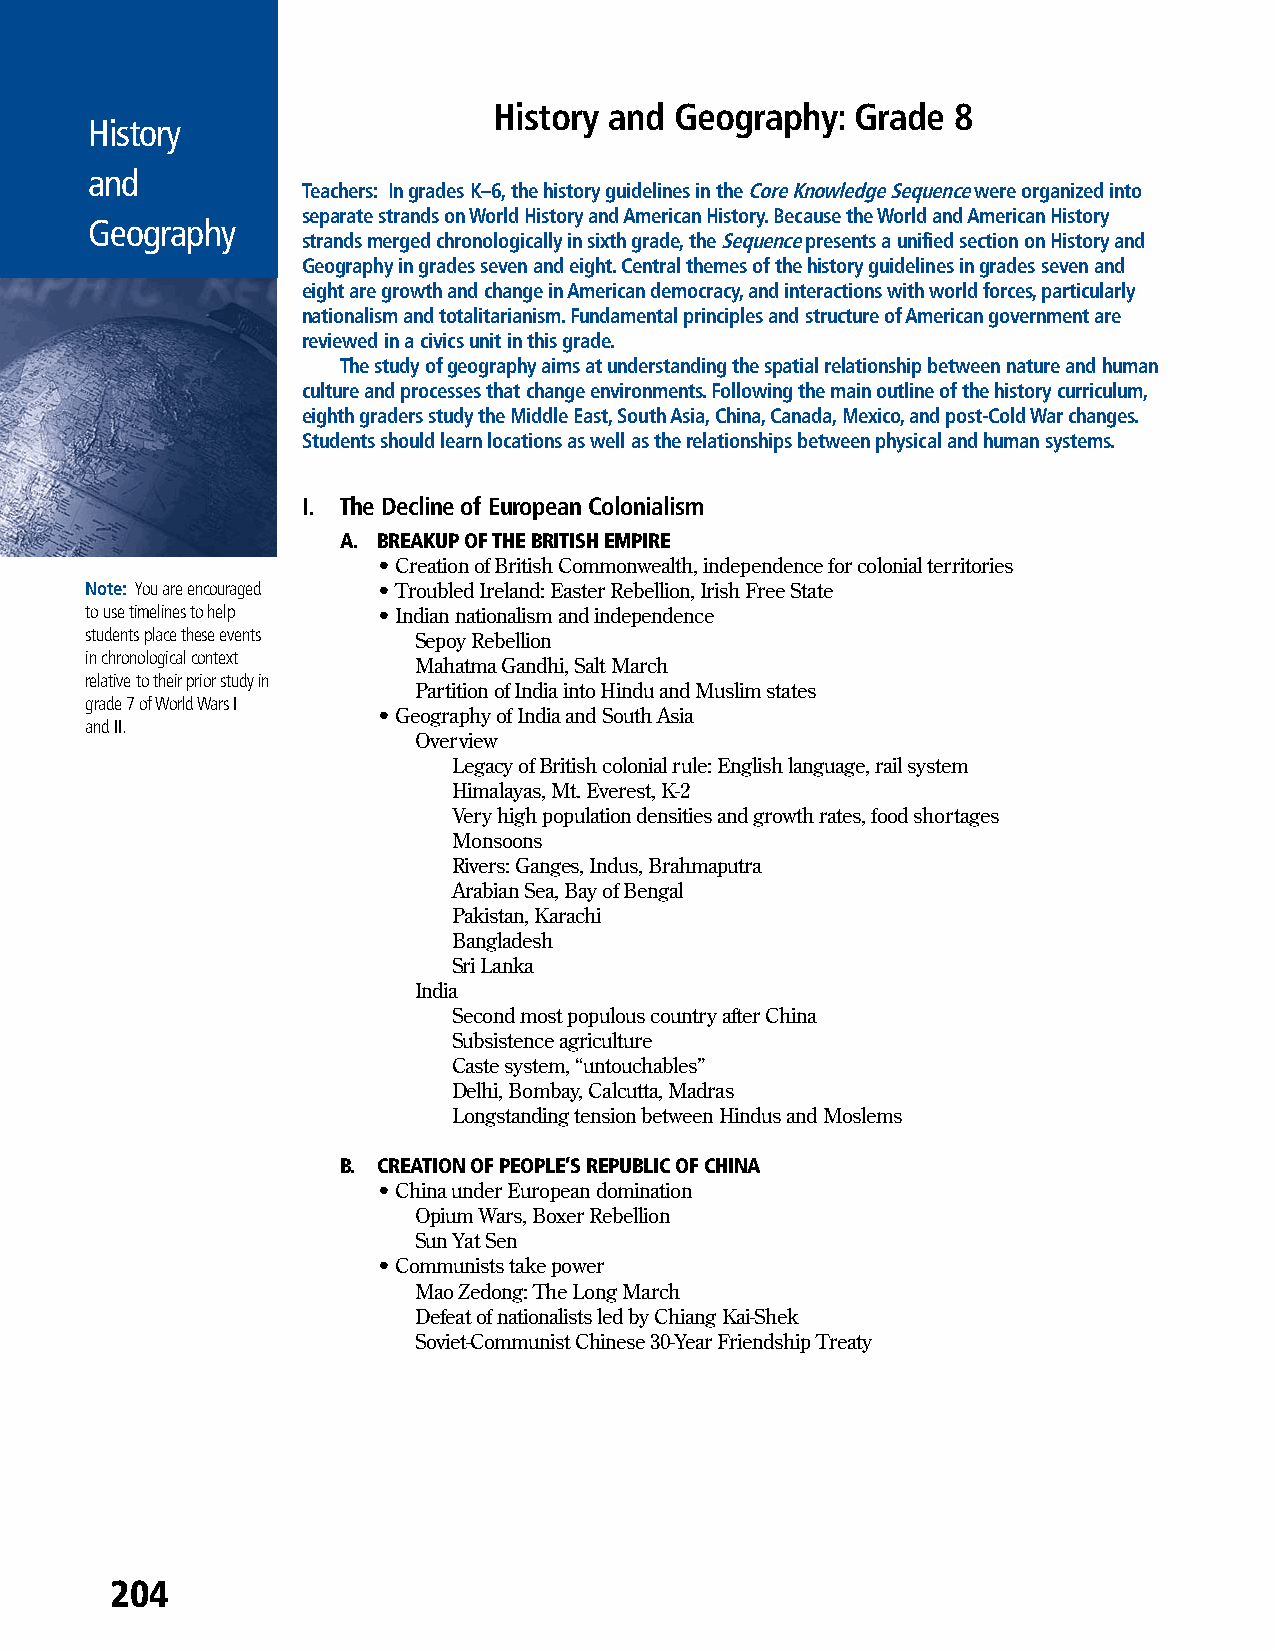
History and Geography:  Grade 8
 History
 and
 Teachers: In grades K–6, the history guidelines in the Core Knowledge Sequence were organized into
 separate strands on World History and American History. Because the World and American History
 Geography
 strands merged chronologically in sixth grade, the Sequence presents a unified section on History and
 Geography in grades seven and eight. Central themes of the history guidelines in grades seven and
 eight are growth and change in American democracy, and interactions with world forces, particularly
 nationalism and totalitarianism. Fundamental principles and structure of American government are
 reviewed in a civics unit in this grade.
 The study of geography aims at understanding the spatial relationship between nature and human
 culture and processes that change environments. Following the main outline of the history curriculum,
 eighth graders study the Middle East, South Asia, China, Canada, Mexico, and post-Cold War changes.
 Students should learn locations as well as the relationships between physical and human systems.
 I. The Decline of European Colonialism
 A. BREAKUP OF THE BRITISH EMPIRE
 • Creation of British Commonwealth, independence for colonial territories
 Note: You are encouraged • Troubled Ireland: Easter Rebellion, Irish Free State
 to use timelines to help • Indian nationalism and independence
 students place these events Sepoy Rebellion
 in chronological context
 Mahatma Gandhi, Salt March
 relative to their prior study in
 Partition of India into Hindu and Muslim states
 grade 7 of World Wars I
 • Geography of India and South Asia
 and II.
 Overview
 Legacy of British colonial rule: English language, rail system
 Himalayas, Mt. Everest, K-2
 Very high population densities and growth rates, food shortages
 Monsoons
 Rivers: Ganges, Indus, Brahmaputra
 Arabian Sea, Bay of Bengal
 Pakistan, Karachi
 Bangladesh
 Sri Lanka
 India
 Second most populous country after China
 Subsistence agriculture
 Caste system, “untouchables”
 Delhi, Bombay, Calcutta, Madras
 Longstanding tension between Hindus and Moslems
 B. CREATION OF PEOPLE’S REPUBLIC OF CHINA
 • China under European domination
 Opium Wars, Boxer Rebellion
 Sun Yat Sen
 • Communists take power
 Mao Zedong: The Long March
 Defeat of nationalists led by Chiang Kai-Shek
 Soviet-Communist Chinese 30-Year Friendship Treaty
 204